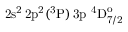
\mathrm { 2 s ^ { 2 } \, 2 p ^ { 2 } ( ^ { 3 } P ) \, 3 p ~ ^ { 4 } D _ { 7 / 2 } ^ { o } }